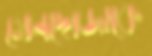
মেনদোজাকে